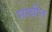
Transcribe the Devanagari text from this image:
साबीत